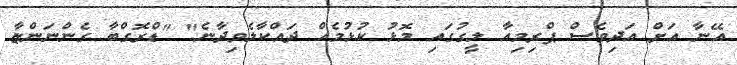
އޭނާ އަށް އަދިވެސް ޕްރިމިއާ ލީގުގައި މޮޅު ކުޅުމެއް ދައްކާލެވިދާނެ" "ޑްރޮގްބާ ގެންނަންޏާ